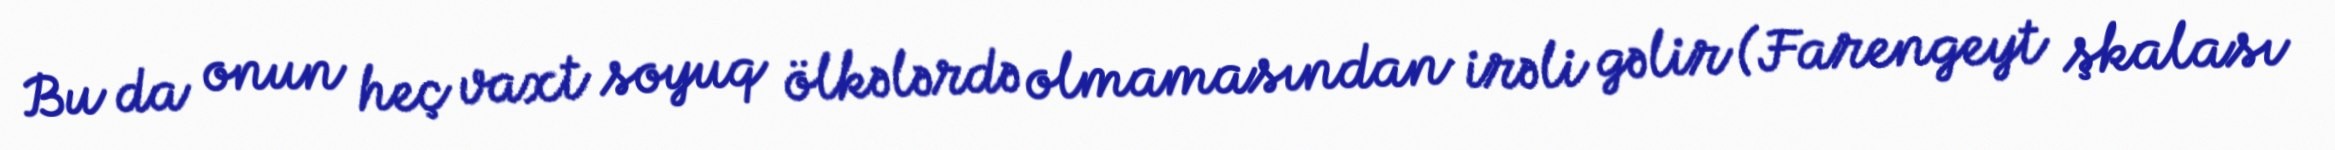
Bu da onun heç vaxt soyuq ölkələrdə olmamasından irəli gəlir (Farengeyt şkalası